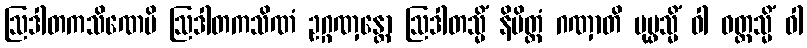
ဩဒါတကသိဏေပိ ဩဒါတကသိဏံ ဥဂ္ဂဏှန္တော ဩဒါတသ္မိံ နိမိတ္တံ ဂဏှာတိ ပုပ္ဖသ္မိံ ဝါ ဝတ္ထသ္မိံ ဝါ